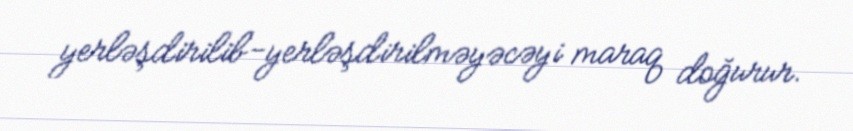
yerləşdirilib-yerləşdirilməyəcəyi maraq doğurur.